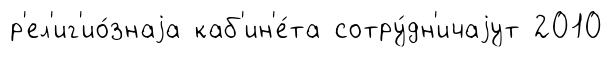
р'ел'иг'ио́знаjа каб'ин'е́та сотру́дн'ичаjут 2010